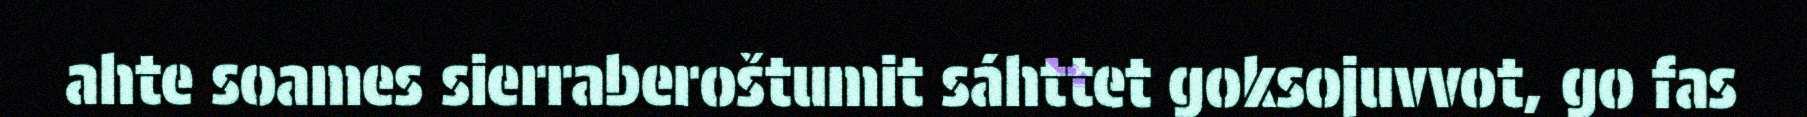
ahte soames sierraberoštumit sáhttet goksojuvvot, go fas